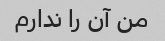
من آن را ندارم